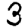
Digit: 3